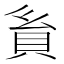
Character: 𧴺